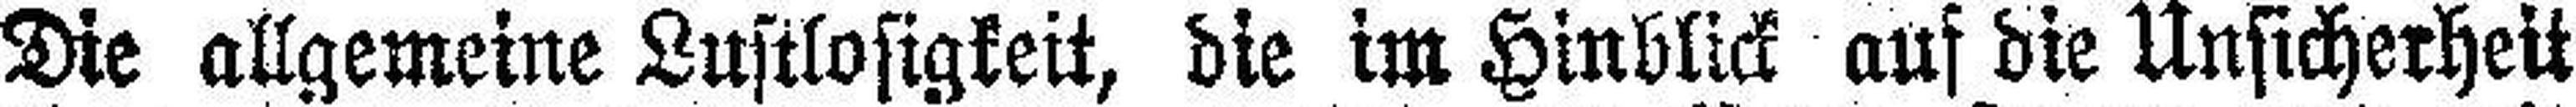
Die allgemeine Lustlosigkeit, die im Hinblick auf die Unsicherheit